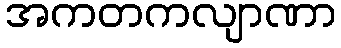
အကတကလျာဏာ